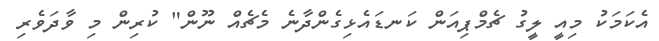
އެކަމަކު މިއީ ލީގު ޗެމްޕިއަން ކަނޑައެޅިގެންދާނެ މެޗެއް ނޫން" ކުރިން މި ވާދަވެރި